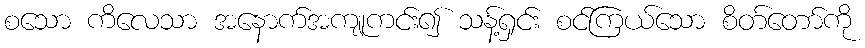
စသော ကိလေသာ အနောက်အကျုကင်း၍ သန့်ရှင်း စင်ကြယ်သော စိတ်တော်ကို